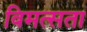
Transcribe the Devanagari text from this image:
विमत्सता